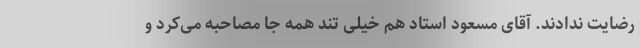
رضایت ندادند. آقای مسعود استاد هم خیلی تند همه جا مصاحبه می‌کرد و